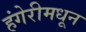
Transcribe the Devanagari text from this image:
हंगेरीमधून